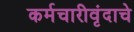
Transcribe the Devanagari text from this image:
कर्मचारीवृंदाचे